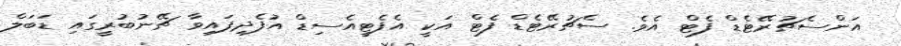
އަންސެޗުރޭޓެޑް ފެޓް އެވެ. ސެޗުރޭޓެޑް ފެޓް އަކީ އެފެޓީއެސިޑް އުފެދިފައިވާ ޗޭނުބުރީގައި ޑަބަލް